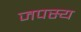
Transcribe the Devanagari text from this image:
जपस्य